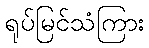
ရုပ်မြင်သံကြား